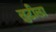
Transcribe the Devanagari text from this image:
लुटीला